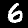
Digit: 6